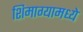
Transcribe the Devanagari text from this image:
शिमाग्यामध्ये